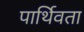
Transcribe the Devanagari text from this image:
पार्थिवता